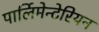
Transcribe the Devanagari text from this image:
पार्लिमेन्टेरियन